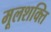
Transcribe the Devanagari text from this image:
मूलशक्ति